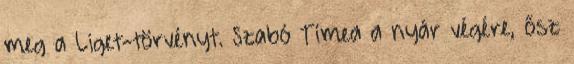
meg a Liget-törvényt. Szabó Tímea a nyár végére, ősz